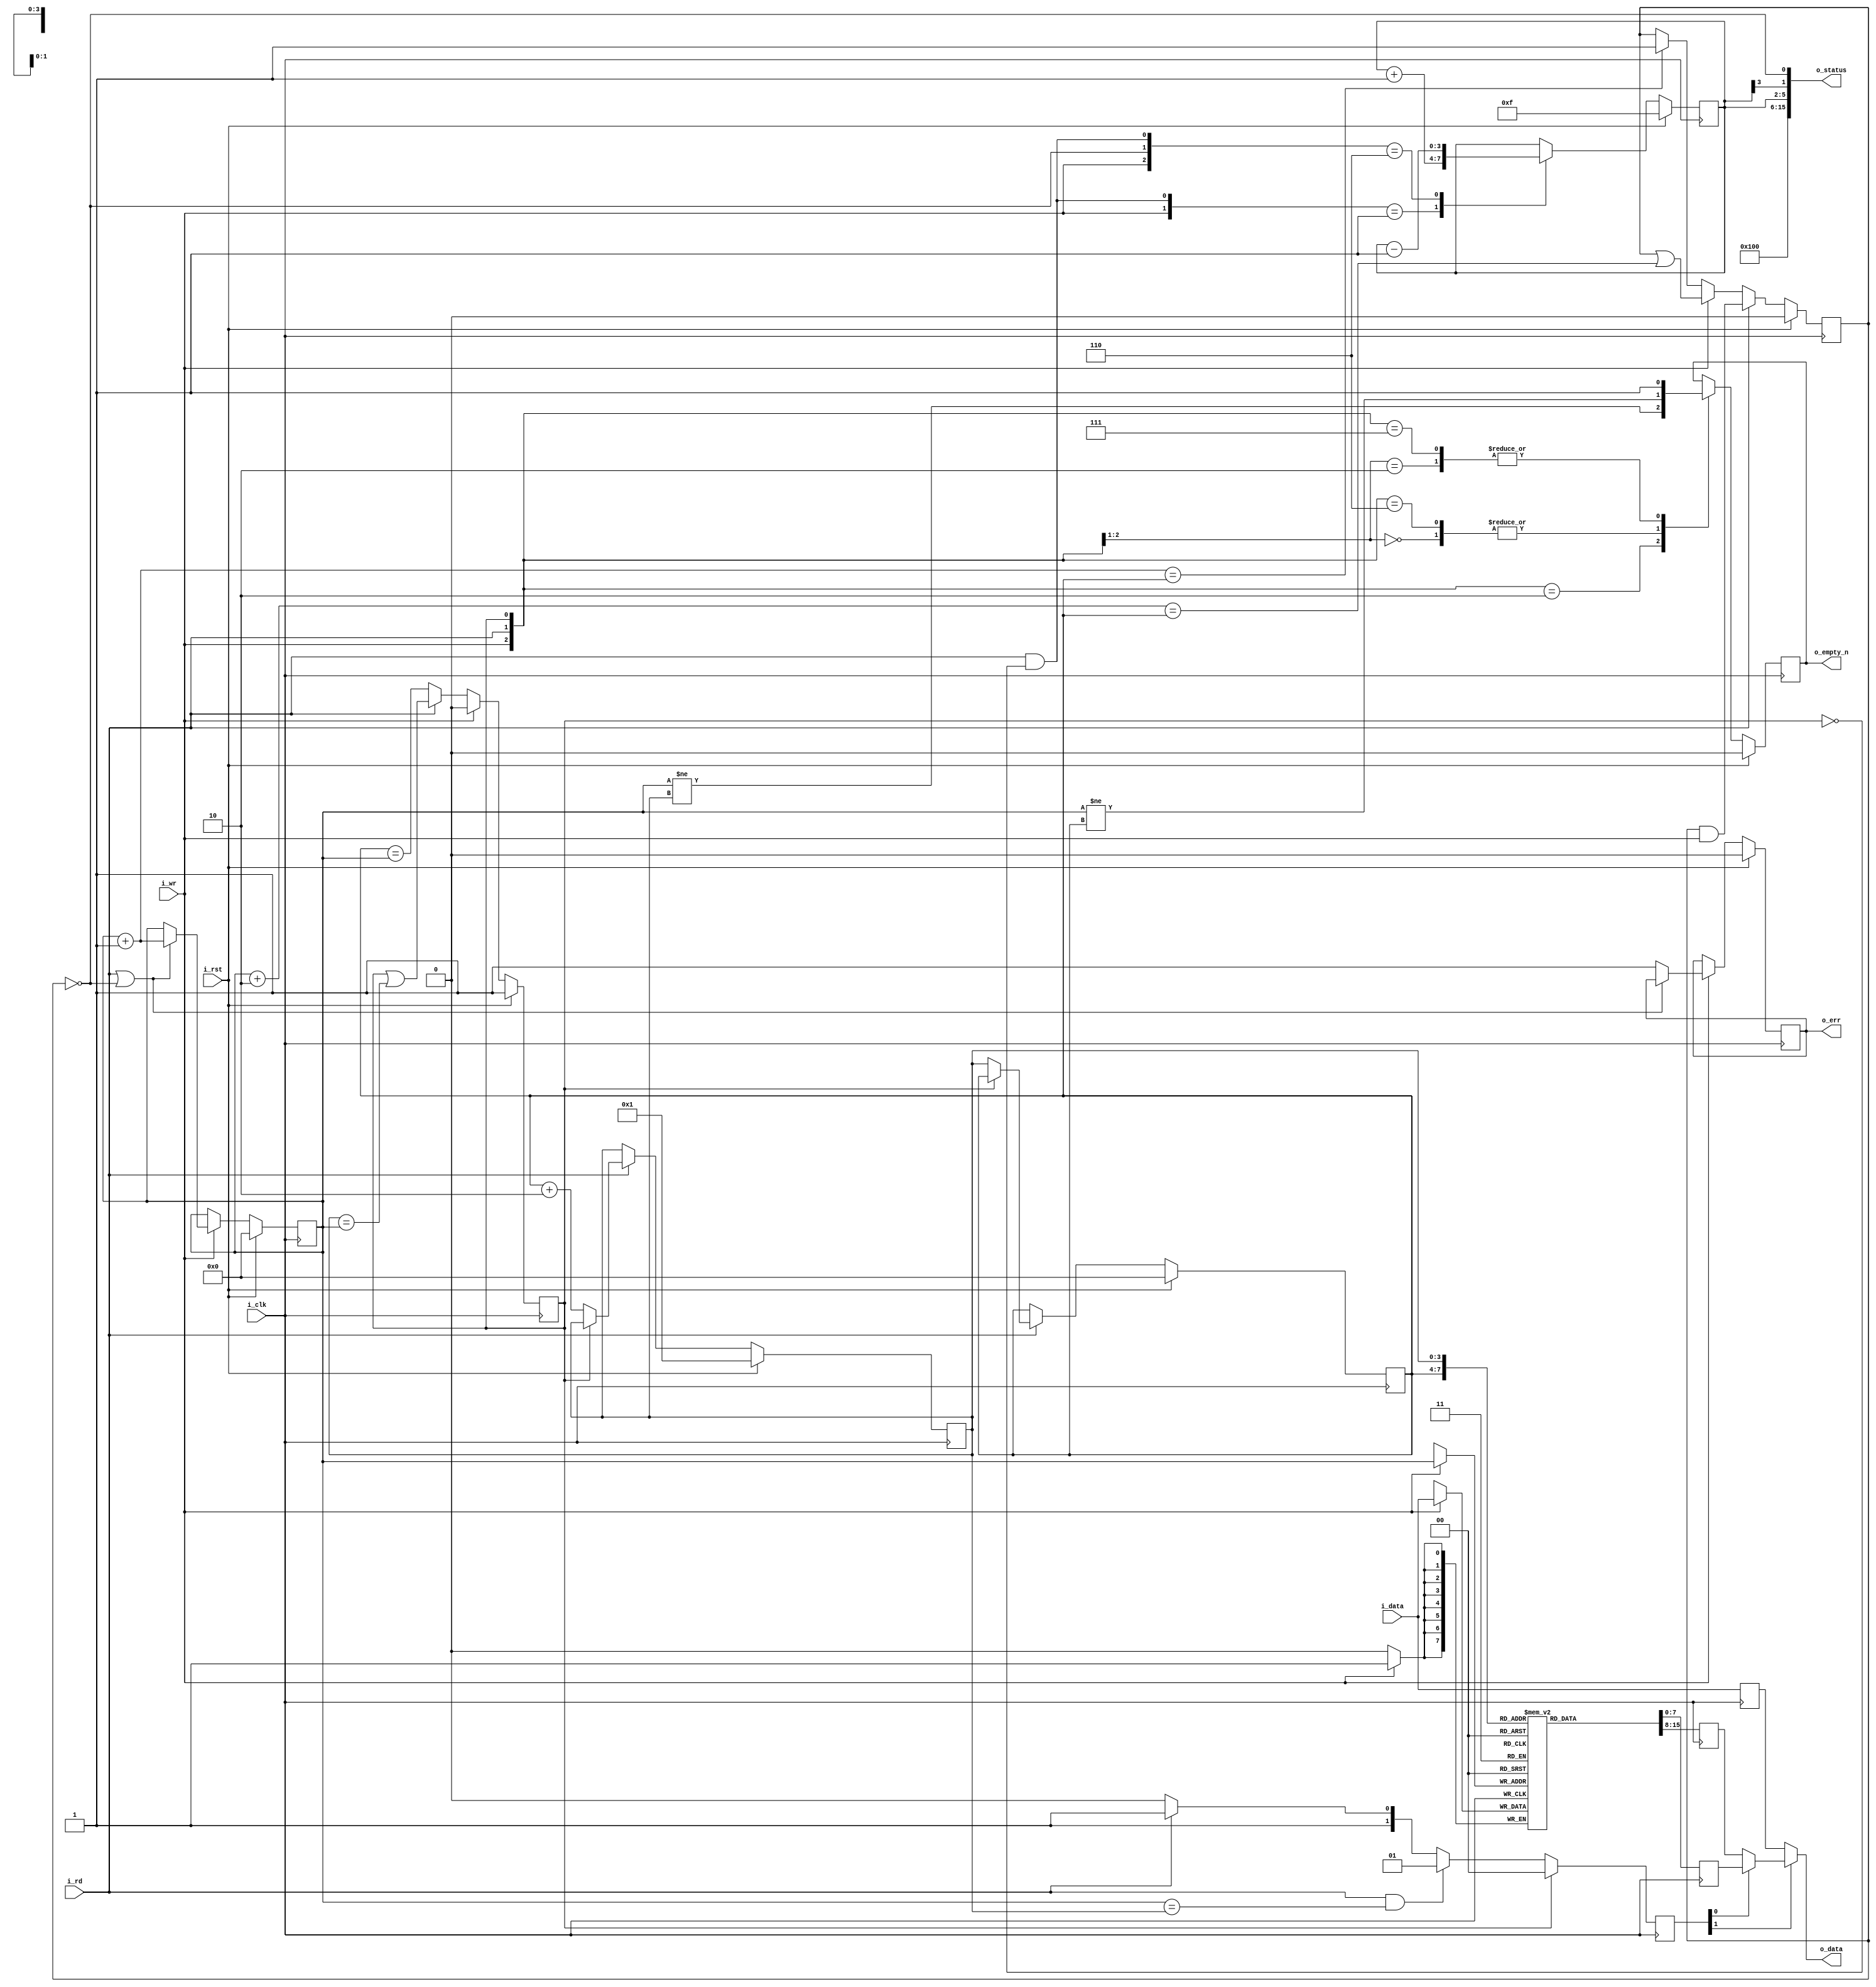
////////////////////////////////////////////////////////////////////////////////
//
//
// Project:	wbuart32, a full featured UART with simulator
//
// Purpose:	A synchronous data FIFO, designed for supporting the Wishbone
//		UART.  Particular features include the ability to read and
//	write on the same clock, while maintaining the correct output FIFO
//	parameters.  Two versions of the FIFO exist within this file, separated
//	by the RXFIFO parameter's value.  One, where RXFIFO = 1, produces status
//	values appropriate for reading and checking a read FIFO from logic,
//	whereas the RXFIFO = 0 applies to writing to the FIFO from bus logic
//	and reading it automatically any time the transmit UART is idle.
//
// Creator:	Dan Gisselquist, Ph.D.
//		Gisselquist Technology, LLC
//
////////////////////////////////////////////////////////////////////////////////
//
// Copyright (C) 2015-2019, Gisselquist Technology, LLC
//
// This program is free software (firmware): you can redistribute it and/or
// modify it under the terms of  the GNU General Public License as published
// by the Free Software Foundation, either version 3 of the License, or (at
// your option) any later version.
//
// This program is distributed in the hope that it will be useful, but WITHOUT
// ANY WARRANTY; without even the implied warranty of MERCHANTIBILITY or
// FITNESS FOR A PARTICULAR PURPOSE.  See the GNU General Public License
// for more details.
//
// You should have received a copy of the GNU General Public License along
// with this program.  (It's in the $(ROOT)/doc directory.  Run make with no
// target there if the PDF file isn't present.)  If not, see
// <http://www.gnu.org/licenses/> for a copy.
//
// License:	GPL, v3, as defined and found on www.gnu.org,
//		http://www.gnu.org/licenses/gpl.html
//
//
////////////////////////////////////////////////////////////////////////////////
//
//
`default_nettype	none
//
module ufifo(i_clk, i_rst, i_wr, i_data, o_empty_n, i_rd, o_data, o_status, o_err);
	parameter	BW=8;	// Byte/data width
	parameter [3:0]	LGFLEN=4;
	parameter 	RXFIFO=1'b0;
	input	wire		i_clk, i_rst;
	input	wire		i_wr;
	input	wire [(BW-1):0]	i_data;
	output	wire		o_empty_n;	// True if something is in FIFO
	input	wire		i_rd;
	output	wire [(BW-1):0]	o_data;
	output	wire	[15:0]	o_status;
	output	wire		o_err;

	localparam	FLEN=(1<<LGFLEN);

	reg	[(BW-1):0]	fifo[0:(FLEN-1)];
	reg	[(LGFLEN-1):0]	r_first, r_last, r_next;

	wire	[(LGFLEN-1):0]	w_first_plus_one, w_first_plus_two,
				w_last_plus_one;
	assign	w_first_plus_two = r_first + {{(LGFLEN-2){1'b0}},2'b10};
	assign	w_first_plus_one = r_first + {{(LGFLEN-1){1'b0}},1'b1};
	assign	w_last_plus_one  = r_next; // r_last  + 1'b1;

	reg	will_overflow;
	initial	will_overflow = 1'b0;
	always @(posedge i_clk)
		if (i_rst)
			will_overflow <= 1'b0;
		else if (i_rd)
			will_overflow <= (will_overflow)&&(i_wr);
		else if (i_wr)
			will_overflow <= (will_overflow)||(w_first_plus_two == r_last);
		else if (w_first_plus_one == r_last)
			will_overflow <= 1'b1;

	// Write
	reg	r_ovfl;
	initial	r_first = 0;
	initial	r_ovfl  = 0;
	always @(posedge i_clk)
		if (i_rst)
		begin
			r_ovfl <= 1'b0;
			r_first <= { (LGFLEN){1'b0} };
		end else if (i_wr)
		begin // Cowardly refuse to overflow
			if ((i_rd)||(!will_overflow)) // (r_first+1 != r_last)
				r_first <= w_first_plus_one;
			else
				r_ovfl <= 1'b1;
		end
	always @(posedge i_clk)
		if (i_wr) // Write our new value regardless--on overflow or not
			fifo[r_first] <= i_data;

	// Reads
	//	Following a read, the next sample will be available on the
	//	next clock
	//	Clock	ReadCMD	ReadAddr	Output
	//	0	0	0		fifo[0]
	//	1	1	0		fifo[0]
	//	2	0	1		fifo[1]
	//	3	0	1		fifo[1]
	//	4	1	1		fifo[1]
	//	5	1	2		fifo[2]
	//	6	0	3		fifo[3]
	//	7	0	3		fifo[3]
	reg	will_underflow;
	initial	will_underflow = 1'b1;
	always @(posedge i_clk)
		if (i_rst)
			will_underflow <= 1'b1;
		else if (i_wr)
			will_underflow <= 1'b0;
		else if (i_rd)
			will_underflow <= (will_underflow)||(w_last_plus_one == r_first);
		else
			will_underflow <= (r_last == r_first);

	//
	// Don't report FIFO underflow errors.  These'll be caught elsewhere
	// in the system, and the logic below makes it hard to reset them.
	// We'll still report FIFO overflow, however.
	//
	// reg		r_unfl;
	// initial	r_unfl = 1'b0;
	initial	r_last = 0;
	initial	r_next = { {(LGFLEN-1){1'b0}}, 1'b1 };
	always @(posedge i_clk)
		if (i_rst)
		begin
			r_last <= 0;
			r_next <= { {(LGFLEN-1){1'b0}}, 1'b1 };
			// r_unfl <= 1'b0;
		end else if (i_rd)
		begin
			if (!will_underflow) // (r_first != r_last)
			begin
				r_last <= r_next;
				r_next <= r_last +{{(LGFLEN-2){1'b0}},2'b10};
				// Last chases first
				// Need to be prepared for a possible two
				// reads in quick succession
				// o_data <= fifo[r_last+1];
			end
			// else r_unfl <= 1'b1;
		end

	reg	[(BW-1):0]	fifo_here, fifo_next, r_data;
	always @(posedge i_clk)
		fifo_here <= fifo[r_last];
	always @(posedge i_clk)
		fifo_next <= fifo[r_next];
	always @(posedge i_clk)
		r_data <= i_data;

	reg	[1:0]	osrc;
	always @(posedge i_clk)
		if (will_underflow)
			// o_data <= i_data;
			osrc <= 2'b00;
		else if ((i_rd)&&(r_first == w_last_plus_one))
			osrc <= 2'b01;
		else if (i_rd)
			osrc <= 2'b11;
		else
			osrc <= 2'b10;
	assign o_data = (osrc[1]) ? ((osrc[0])?fifo_next:fifo_here) : r_data;

	// wire	[(LGFLEN-1):0]	current_fill;
	// assign	current_fill = (r_first-r_last);

	reg	r_empty_n;
	initial	r_empty_n = 1'b0;
	always @(posedge i_clk)
		if (i_rst)
			r_empty_n <= 1'b0;
		else casez({i_wr, i_rd, will_underflow})
			3'b00?: r_empty_n <= (r_first != r_last);
			3'b010: r_empty_n <= (r_first != w_last_plus_one);
			3'b10?: r_empty_n <= 1'b1;
			3'b110: r_empty_n <= (r_first != r_last);
			3'b111: r_empty_n <= 1'b1;
			default: begin end
		endcase

	wire	w_full_n;
	assign	w_full_n = will_overflow;

	//
	// If this is a receive FIFO, the FIFO count that matters is the number
	// of values yet to be read.  If instead this is a transmit FIFO, then 
	// the FIFO count that matters is the number of empty positions that
	// can still be filled before the FIFO is full.
	//
	// Adjust for these differences here.
	reg	[(LGFLEN-1):0]	r_fill;
	generate
	if (RXFIFO != 0)
		initial	r_fill = 0;
	else
		initial	r_fill = -1;
	endgenerate

	always @(posedge i_clk)
		if (RXFIFO!=0) begin
			// Calculate the number of elements in our FIFO
			//
			// Although used for receive, this is actually the more
			// generic answer--should you wish to use the FIFO in
			// another context.
			if (i_rst)
				r_fill <= 0;
			else casez({(i_wr), (!will_overflow), (i_rd)&&(!will_underflow)})
			3'b0?1:   r_fill <= r_first - r_next;
			3'b110:   r_fill <= r_first - r_last + 1'b1;
			3'b1?1:   r_fill <= r_first - r_last;
			default: r_fill <= r_first - r_last;
			endcase
		end else begin
			// Calculate the number of elements that are empty and
			// can be filled within our FIFO.  Hence, this is really
			// not the fill, but (SIZE-1)-fill.
			if (i_rst)
				r_fill <= { (LGFLEN){1'b1} };
			else casez({i_wr, (!will_overflow), (i_rd)&&(!will_underflow)})
			3'b0?1:   r_fill <= r_fill + 1'b1;
			3'b110:   r_fill <= r_fill - 1'b1;
			default: r_fill  <= r_fill;
			endcase
		end

	// We don't report underflow errors.  These
	assign o_err = (r_ovfl); //  || (r_unfl);

	wire	[3:0]	lglen;
	assign lglen = LGFLEN;

	wire	w_half_full;
	wire	[9:0]	w_fill;
	assign	w_fill[(LGFLEN-1):0] = r_fill;
	generate if (LGFLEN < 10)
		assign w_fill[9:(LGFLEN)] = 0;
	endgenerate

	assign	w_half_full = r_fill[(LGFLEN-1)];

	assign	o_status = {
		// Our status includes a 4'bit nibble telling anyone reading
		// this the size of our FIFO.  The size is then given by
		// 2^(this value).  Hence a 4'h4 in this position means that the
		// FIFO has 2^4 or 16 values within it.
		lglen,
		// The FIFO fill--for a receive FIFO the number of elements
		// left to be read, and for a transmit FIFO the number of
		// empty elements within the FIFO that can yet be filled.
		w_fill,
		// A '1' here means a half FIFO length can be read (receive
		// FIFO) or written to (not a receive FIFO).
		// receive FIFO), or be written to (if it isn't).
		(RXFIFO!=0)?w_half_full:w_half_full,
		// A '1' here means the FIFO can be read from (if it is a
		// receive FIFO), or be written to (if it isn't).
		(RXFIFO!=0)?r_empty_n:!w_full_n
	};

	assign	o_empty_n = r_empty_n;

//
//
//
// FORMAL METHODS
//
//
//
`ifdef	FORMAL

`ifdef	UFIFO
`define	ASSUME	assume
`else
`define	ASSUME	assert
`endif

//
// Assumptions about our input(s)
//
//
	reg	f_past_valid, f_last_clk;

	//
	// Underflows are a very real possibility, should the user wish to
	// read from this FIFO while it is empty.  Our parent module will need
	// to deal with this.
	//
	// always @(posedge i_clk)
	//	`ASSUME((!will_underflow)||(!i_rd)||(i_rst));
//
// Assertions about our outputs
//
//

	initial	f_past_valid = 1'b0;
	always @(posedge i_clk)
		f_past_valid <= 1'b1;

	wire	[(LGFLEN-1):0]	f_fill, f_next, f_empty;
	assign	f_fill = r_first - r_last;
	assign	f_empty = {(LGFLEN){1'b1}} -f_fill;
	assign	f_next = r_last + 1'b1;
	always @(posedge i_clk)
	begin
		if (RXFIFO)
			assert(f_fill == r_fill);
		else
			assert(f_empty== r_fill);
		if (f_fill == 0)
		begin
			assert(will_underflow);
			assert(!o_empty_n);
		end else begin
			assert(!will_underflow);
			assert(o_empty_n);
		end

		if (f_fill == {(LGFLEN){1'b1}})
			assert(will_overflow);
		else
			assert(!will_overflow);

		assert(r_next == f_next);
	end

	always @(posedge i_clk)
	if (f_past_valid)
	begin
		if ($past(i_rst))
			assert(!o_err);
		else begin
			// No underflow detection in this core
			//
			// if (($past(i_rd))&&($past(r_fill == 0)))
			//	assert(o_err);
			//
			// We do, though, have overflow detection
			if (($past(i_wr))&&(!$past(i_rd))
					&&($past(will_overflow)))
				assert(o_err);
		end
	end

	always @(posedge i_clk)
	if (RXFIFO)
	begin
		assert(o_status[0] == (f_fill != 0));
		assert(o_status[1] == (f_fill[LGFLEN-1]));
	end

	always @(posedge i_clk)
	if (!RXFIFO) // Transmit FIFO interrupt flags
	begin
		assert(o_status[0] == (!w_full_n));
		assert(o_status[1] == (!f_fill[LGFLEN-1]));
	end

`endif
endmodule